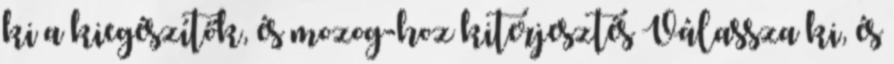
ki a kiegészítők, és mozog-hoz kiterjesztés Válassza ki, és